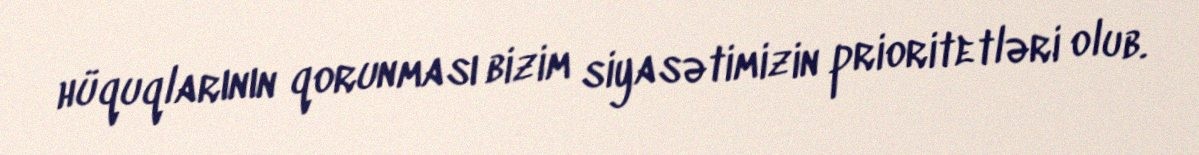
hüquqlarının qorunması bizim siyasətimizin prioritetləri olub.